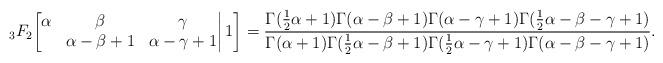
LaTeX: \begin{align*}{}_3F_2\bigg[\begin{matrix}\alpha&\beta&\gamma\\&\alpha-\beta+1&\alpha-\gamma+1\end{matrix}\bigg|\,1\bigg]=\frac{\Gamma(\frac12\alpha+1)\Gamma(\alpha-\beta+1)\Gamma(\alpha-\gamma+1)\Gamma(\frac12\alpha-\beta-\gamma+1)}{\Gamma(\alpha+1)\Gamma(\frac12\alpha-\beta+1)\Gamma(\frac12\alpha-\gamma+1)\Gamma(\alpha-\beta-\gamma+1)}.\end{align*}